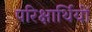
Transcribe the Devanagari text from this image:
परिक्षार्थियों